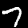
Label: 7